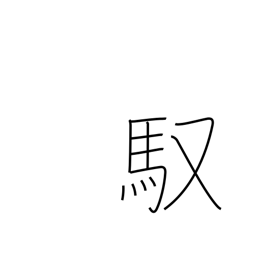
Meaning: driving (horse)